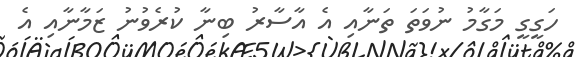
ހަގީގީ މަގާމު ނުވަތަ ތަނާއި އެ އާސާރު ބިނާ ކުރެވުނު ޒަމާނާއި އެ